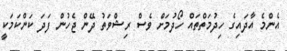
އެންމެ އާދައިގެ ހިދުމަތްތައް ހޯދުމަށް ވެސް ރިޝްވަތު ދޭން ޖެހުން ފަދަ ކަންކަމަކީ